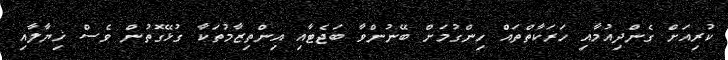
ކުރިއަށް ގެންދިއުމާއި ހަރަކާތްތައް ހިންގުމަށް ބޭނުންވާ ބަޖެޓާއި އިންތިޒާމުތަކާ ގުޅޭގޮތުން ވެސް ޚިޔާލާއި